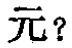
元？